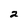
Character: 2